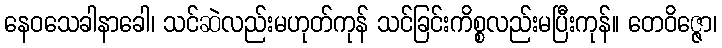
နေဝသေခါနာခေါ၊ သင်ဆဲလည်းမဟုတ်ကုန် သင်ခြင်းကိစ္စလည်းမပြီးကုန်။ တေဝိဇ္ဇော၊